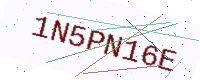
Text: 1N5PN16E